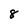
Character: 8